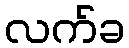
လက်ခ